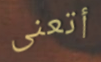
أتعنى